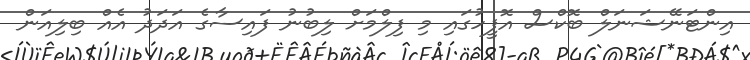
އިންޓަނޭޝަނަލް ބޮކްސް އޮފީހުގައި މި ފިލްމަށް ލިބުނު ފައިސާގެ އަދަދު އެއް ބިލިއަން